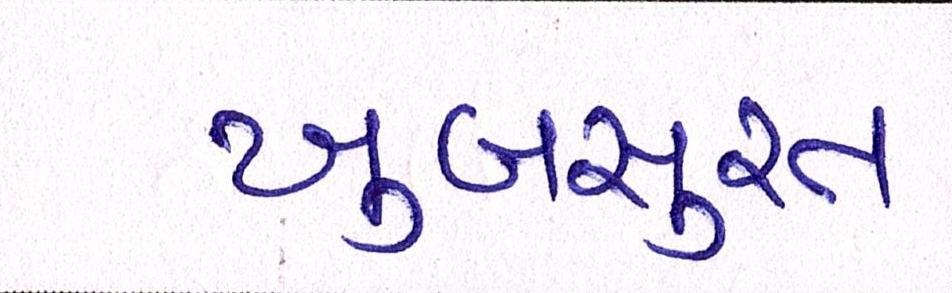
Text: ખુબસુરત